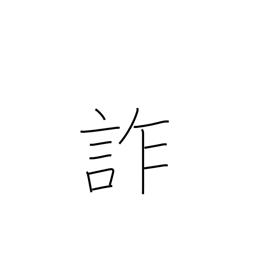
Meaning: deceive